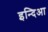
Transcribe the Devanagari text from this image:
इन्दिआ